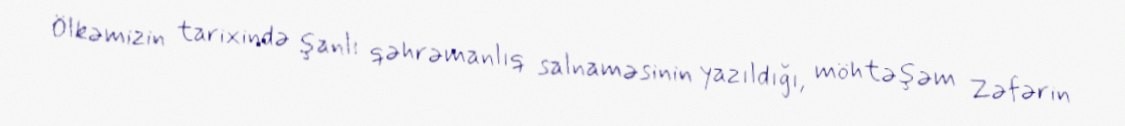
Ölkəmizin tarixində şanlı qəhrəmanlıq salnaməsinin yazıldığı, möhtəşəm Zəfərin